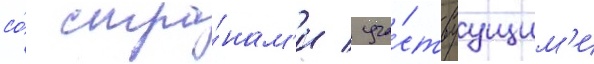
со́ стра́нам'и / уча́ствуущим'и